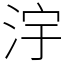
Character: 𣳿